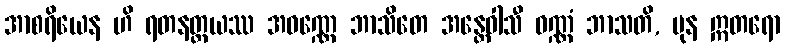
အာစရိယေန ဟိ ရတနတ္တယဿ အဝဏ္ဏေ ဘာသိတေ အန္တေဝါသီ ဝဏ္ဏံ ဘာသတိ, ပုန ဣတရော